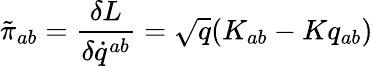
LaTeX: \tilde{\pi}_{ab}={\frac{\delta L}{\delta\dot{q}^{ab}}}=\sqrt{q}(K_{ab}-Kq_{ab})